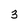
Character: 3